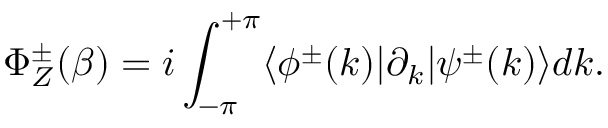
\Phi _ { Z } ^ { \pm } ( \beta ) = i \int _ { - \pi } ^ { + \pi } \langle \phi ^ { \pm } ( k ) | \partial _ { k } | \psi ^ { \pm } ( k ) \rangle d k .